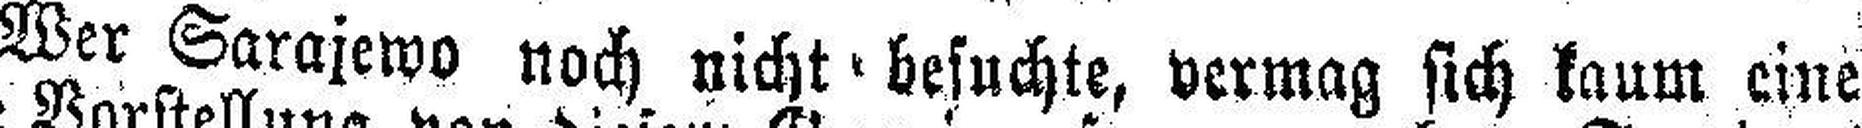
Wer Sarajewo noch nicht besuchte, vermag sich kaum eine